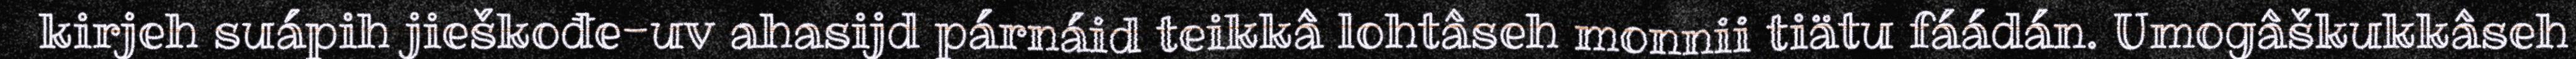
kirjeh suápih jieškođe-uv ahasijd párnáid teikkâ lohtâseh monnii tiätu fáádán. Umogâškukkâseh